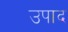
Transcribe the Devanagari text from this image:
उपाद